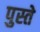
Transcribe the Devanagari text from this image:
पुस्ते